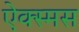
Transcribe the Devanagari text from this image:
ऐक्स्मस